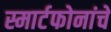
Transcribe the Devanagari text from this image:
स्मार्टफोनांचे